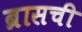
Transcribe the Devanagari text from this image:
ब्रासची